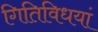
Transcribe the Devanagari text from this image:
गितिविधयां